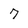
Character: 7